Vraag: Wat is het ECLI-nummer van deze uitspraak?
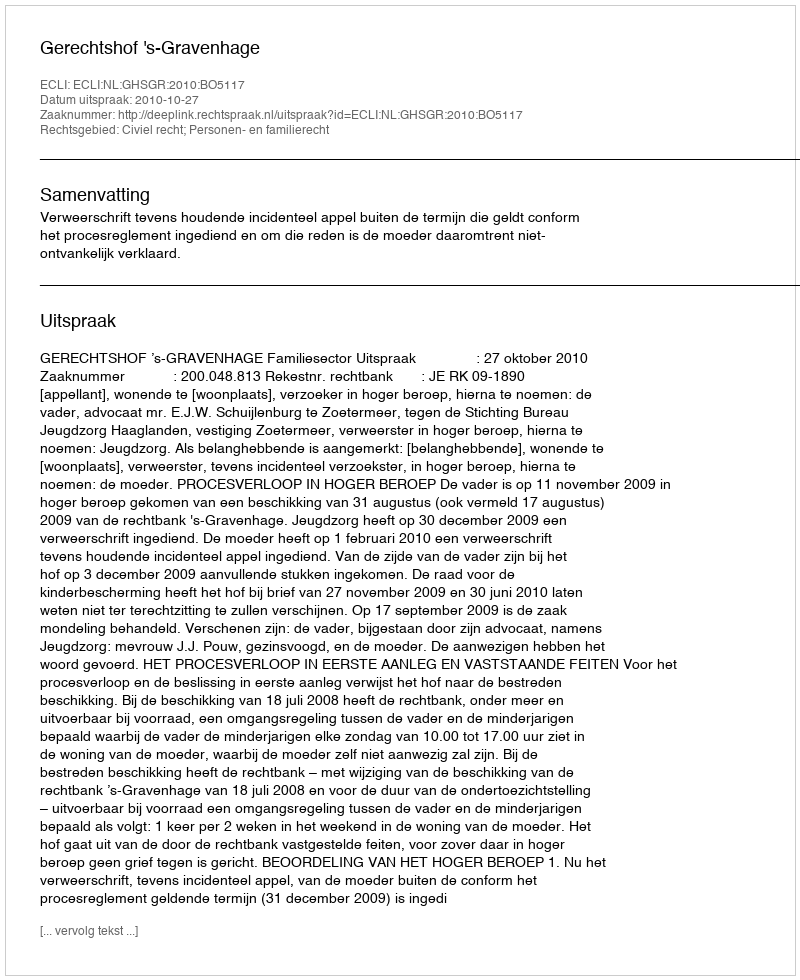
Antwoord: ECLI:NL:GHSGR:2010:BO5117